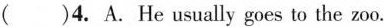
( )4. A.He usually goes to the zoo.